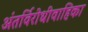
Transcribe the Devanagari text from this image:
अंतर्विरोधीवाहिका